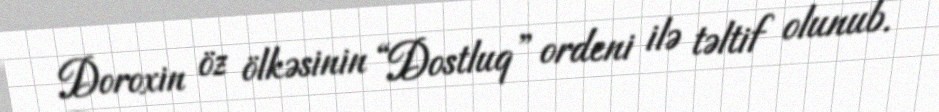
Doroxin öz ölkəsinin “Dostluq” ordeni ilə təltif olunub.